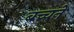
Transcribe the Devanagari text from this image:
बच्चने